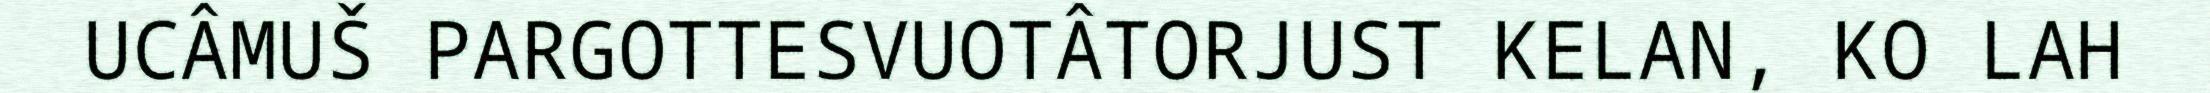
UCÂMUŠ PARGOTTESVUOTÂTORJUST KELAN, KO LAH